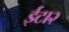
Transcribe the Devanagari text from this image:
ईटा२